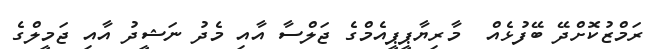
ރަމްޒުކޮށްދޭ ބޭފުޅެއް  މާރިޔާޕީޕީއެމްގެ ޖަލްސާ އާއި މެދު ނަޝީދު އާއި ޖަމީލްގެ